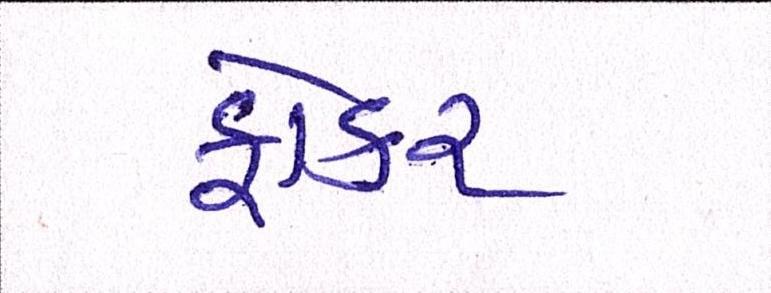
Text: ફોકર